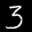
Label: 3